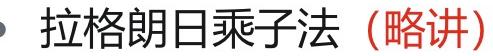
#NAME?